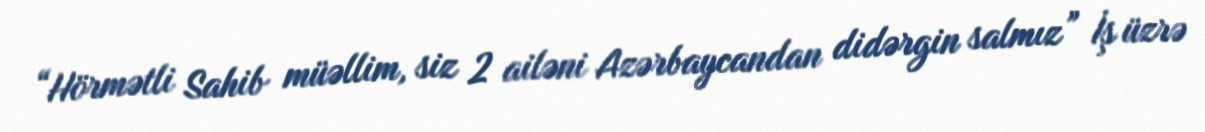
“Hörmətli Sahib müəllim, siz 2 ailəni Azərbaycandan didərgin salmız” İş üzrə